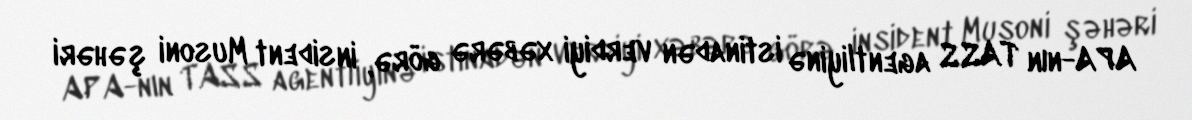
APA-nın TASS agentliyinə istinadən verdiyi xəbərə görə, insident Musoni şəhəri